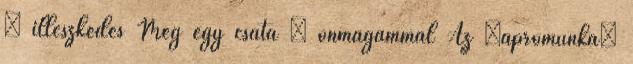
– illeszkedés Még egy csata – önmagammal Az „aprómunka”